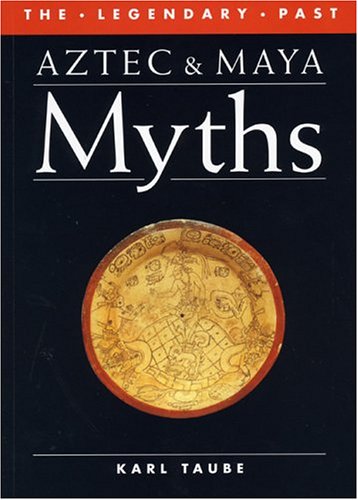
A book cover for Aztec and Maya Myths (Legendary Past); Karl Taube; Literature & Fiction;